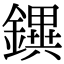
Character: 𨭄